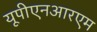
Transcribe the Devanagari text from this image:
यूपीएनआरएम